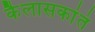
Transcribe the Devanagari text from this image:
कैलासकांतं